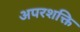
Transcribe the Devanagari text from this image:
अपरशक्ति